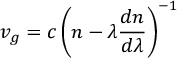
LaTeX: v _ { g } = c \left( n - \lambda { \frac { d n } { d \lambda } } \right) ^ { - 1 }